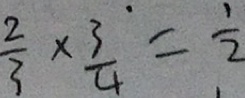
\frac { 2 } { 3 } \times \frac { 3 } { 4 } = \frac { 1 } { 2 }